Lunatic asylums Madras 1877-1891 - 1877-1891
Year: 1877
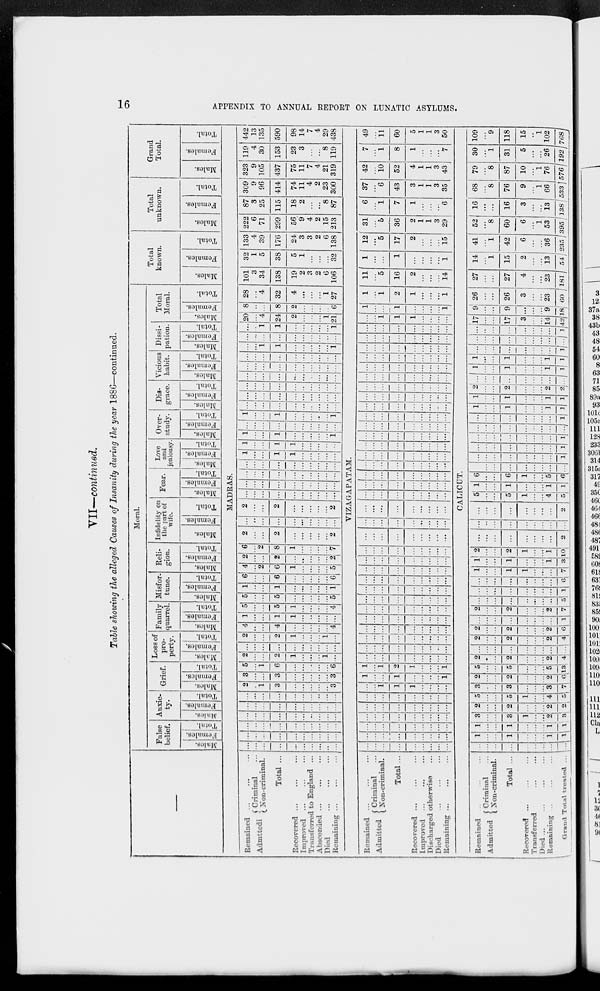
16
APPENDIX TO ANNUAL REPORT ON LUNATIC ASYLUMS.
VII—continued.
Table showing the alleged Causes of Insanity during the year 1886—continued.
—
Moral.
False
belief.
Males.
Females.
Total.
Anxie-
ty.
Males.
Females.
Total.
Grief.
Males.
Females.
Total.
Loss of
pro-
perty.
Males.
Females.
Total.
Family
quarrel.
Males.
Females.
Total.
Misfor-
tune.
Males.
Females.
Total.
Reli-
gion.
Males.
Females.
Total.
Infidelity on
the part of
wife.
Males.
Females.
Total.
Fear.
Males.
Females.
Total.
Love
and
jealousy.
Males.
Females.
Total.
Over-
study.
Males.
Females.
Total.
Dis-
grace.
Males.
Females.
Total.
Vicious
habit.
Males.
Females.
Total.
Dissi-
pation.
Males.
Females.
Total.
Total
Moral.
Males.
Females.
Total.
Total
known.
Males.
Females.
Total.
Total
unknown.
Males.
Females.
Total.
Grand
Total.
Males.
Females.
Total.
MADRAS.
Remained ... ... ...
Admitted
Criminal ...
Non-criminal.
Total ...
Recovered ... ... ...
Improved ... ... ...
Transferred to England ...
Absconded ... ... ...
Died ... ... ...
Remaining ... ... ...
...
...
...
...
...
...
...
...
...
...
...
...
...
...
...
...
...
...
...
...
...
...
...
...
...
...
...
...
...
...
...
...
...
...
...
...
...
...
...
...
...
...
...
...
...
...
...
...
...
...
...
...
...
...
...
...
...
...
...
...
2
...
1
3
...
...
...
...
...
3
3
...
...
3
...
...
...
...
...
3
5
...
1
6
...
...
...
...
...
6
2
...
...
2
1
...
...
...
1
...
...
...
...
...
...
...
...
...
...
...
2
...
...
2
1
...
...
...
1
...
4
...
...
4
...
...
...
...
...
4
1
...
...
1
1
...
...
...
...
...
5
...
...
5
1
...
...
...
...
4
5
...
...
5
...
...
...
...
...
5
1
...
...
1
...
...
...
...
...
1
6
...
...
6
...
...
...
...
...
6
4
...
2
6
1
...
...
...
...
5
2
...
...
2
...
...
...
...
...
2
6
...
2
8
1
...
...
...
...
7
2
...
...
2
...
...
...
...
...
2
...
...
...
...
...
...
...
...
...
...
2
...
...
2
...
...
...
...
...
2
...
...
...
...
...
...
...
...
...
...
...
...
...
...
...
...
...
...
...
...
...
...
...
...
...
...
...
...
...
...
...
...
...
...
...
...
...
...
...
...
1
...
...
1
1
...
...
...
...
...
1
...
...
1
1
...
...
...
...
...
1
...
...
1
...
...
...
...
...
1
...
...
...
...
...
...
...
...
...
...
1
...
...
1
...
...
...
...
...
1
...
...
...
...
...
...
...
...
...
...
...
...
...
...
...
...
...
...
...
...
...
...
...
...
...
...
...
...
...
...
...
...
...
...
...
...
...
...
...
...
...
...
...
...
...
...
...
...
...
...
...
...
...
...
...
...
...
...
...
...
...
...
1
1
...
...
...
...
...
1
...
...
...
...
...
...
...
...
...
...
...
...
1
1
...
...
...
...
...
1
20
...
4
24
2
...
...
...
1
21
8
...
...
8
2
...
...
...
...
6
28
...
4
32
4
...
...
...
1
27
101
3
34
138
19
2
3
2
6
106
32
1
5
38
5
1
...
...
...
32
133
4
39
176
24
3
3
2
6
138
222
6
71
299
56
9
4
2
15
213
87
3
25
115
18
2
...
...
8
87
309
9
96
414
74
11
4
2
23
300
323
9
105
437
75
11
7
4
21
319
119
4
30
153
23
3
...
...
8
119
442
13
135
590
98
14
7
4
29
438
VIZAGAPATAM.
Remained ... ... ...
Admitted
Criminal ...
Non-criminal.
Total ...
Recovered ... ... ...
Improved ... ... ...
Discharged otherwise ...
Died ... ... ...
Remaining ... ... ...
...
...
...
...
...
...
...
...
...
...
...
...
...
...
...
...
...
...
...
...
...
...
...
...
...
...
...
...
...
...
...
...
...
...
...
...
...
...
...
...
...
...
...
...
...
...
...
...
...
...
...
...
...
...
...
...
1
1
1
...
...
...
...
1
...
...
1
...
...
...
...
1
1
...
1
2
1
...
...
...
1
...
...
...
...
...
...
...
...
...
...
...
...
...
...
...
...
...
...
...
...
...
...
...
...
...
...
...
...
...
...
...
...
...
...
...
...
...
...
...
...
...
...
...
...
...
...
...
...
...
...
...
...
...
...
...
...
...
...
...
...
...
...
...
...
...
...
...
...
...
...
...
...
...
...
...
...
...
...
...
...
...
...
...
...
...
...
...
...
...
...
...
...
...
...
...
...
...
...
...
...
...
...
...
...
...
...
...
...
...
...
...
...
...
...
...
...
...
...
...
...
...
...
...
...
...
...
...
...
...
...
...
...
...
...
...
...
...
...
...
...
...
...
...
...
...
...
...
...
...
...
...
...
...
...
...
...
...
...
...
...
...
...
...
...
...
...
...
...
...
...
...
...
...
...
...
...
...
...
...
...
...
...
...
...
...
...
...
...
...
...
...
...
...
...
...
...
...
...
...
...
...
...
...
...
...
...
...
...
...
...
...
...
...
...
...
...
...
...
...
...
...
...
...
...
...
...
...
...
...
...
...
...
...
...
...
...
...
...
...
...
...
...
...
...
...
...
...
...
...
...
...
...
...
...
...
...
...
...
...
...
...
...
...
...
...
...
...
...
...
...
...
...
...
...
...
...
...
...
...
...
...
...
...
...
...
...
...
...
...
...
...
...
...
...
...
...
...
...
...
1
1
1
...
...
...
...
1
...
...
1
...
...
...
...
1
1
...
1
2
1
...
...
...
1
11
...
5
16
2
...
...
...
14
1
...
...
1
...
...
...
...
1
12
...
5
17
2
...
...
...
15
31
...
5
36
2
1
1
3
29
6
...
1
7
1
...
...
...
6
37
...
6
43
3
1
1
3
35
42
...
10
52
4
1
1
3
43
7
...
1
8
1
...
...
...
7
49
...
11
60
5
1
1
3
50
CALICUT.
Remained ... ... ...
Admitted
Criminal ...
Non-criminal.
Total ...
Recovered ... ... ...
Transferred ... ... ...
Died ... ... ... ...
Remaining ... ... ...
Grand Total treated ...
...
...
...
...
...
...
...
...
...
1
...
...
1
...
...
...
1
1
1
...
...
1
...
...
...
1
1
3
...
...
3
1
...
...
2
3
2
...
...
2
...
...
...
2
2
5
...
...
5
1
...
...
4
5
3
...
...
3
...
...
...
3
7
2
...
...
2
...
...
...
2
6
5
...
...
5
...
...
...
5
13
2
...
...
2
...
...
...
2
4
...
...
...
...
...
...
...
...
...
2
...
...
2
...
...
...
2
4
2
...
...
2
...
...
...
2
6
...
...
...
...
...
...
...
...
1
2
...
...
2
...
...
...
2
7
...
...
...
...
...
...
...
...
5
...
...
...
...
...
...
...
...
1
...
...
...
...
...
...
...
...
6
1
...
...
1
1
...
...
...
7
1
...
...
1
...
...
...
1
3
2
...
...
2
1
...
...
1
10
...
...
...
...
...
...
...
...
2
...
...
...
...
...
...
...
...
...
...
...
...
...
...
...
...
...
2
5
...
...
5
1
...
...
4
5
1
...
...
1
...
...
...
1
1
6
...
...
6
1
...
...
5
6
...
...
...
...
...
...
...
...
...
...
...
...
...
...
...
...
...
1
...
...
...
...
...
...
...
...
1
...
...
...
...
...
...
...
...
1
...
...
...
...
...
...
...
...
...
...
...
...
...
...
...
...
...
1
1
...
...
1
...
...
...
1
1
1
...
...
1
...
...
...
1
1
2
...
...
2
...
...
...
2
2
...
...
...
...
...
...
...
...
...
1
...
...
1
...
...
...
1
1
1
...
...
1
...
...
...
1
1
...
...
...
...
...
...
...
...
1
...
...
...
...
...
...
...
...
...
...
...
...
...
...
...
...
...
1
17
...
...
17
3
...
...
14
42
9
...
...
9
...
...
...
9
18
26
...
...
26
3
...
...
23
60
27
...
...
27
4
...
...
23
181
14
...
1
15
2
...
...
13
54
41
...
1
42
6
...
...
36
235
52
...
8
60
6
...
1
53
395
16
...
...
16
3
...
...
13
138
68
...
8
76
9
...
1
66
533
79
...
8
87
10
...
1
76
576
30
...
1
31
5
...
...
26
192
109
...
9
118
15
...
1
102
768